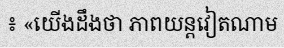
៖ «យើងដឹងថា ភាពយន្តវៀតណាម